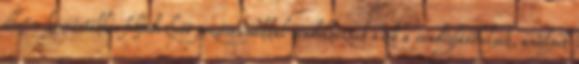
illetve kismértékben felfedezhető pozitívumokkal rendelkeznek azok a vendéglátóhelyek, amelyek